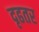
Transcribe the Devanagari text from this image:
दृढतर